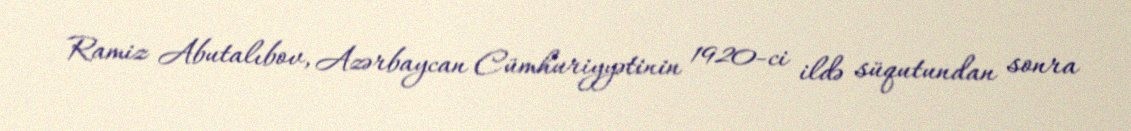
Ramiz Abutalıbov, Azərbaycan Cümhuriyyətinin 1920-ci ildə süqutundan sonra